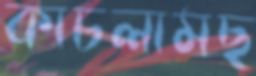
কাচলামছ